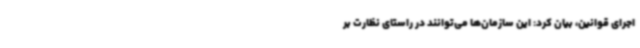
اجرای قوانین، بیان کرد: این سازمان‌ها می‌توانند در راستای نظارت بر